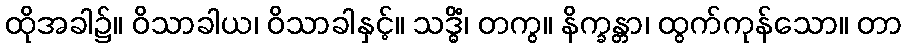
ထိုအခါ၌။ ဝိသာခါယ၊ ဝိသာခါနှင့်။ သဒ္ဓိံ၊ တကွ။ နိက္ခန္တာ၊ ထွက်ကုန်သော။ တာ